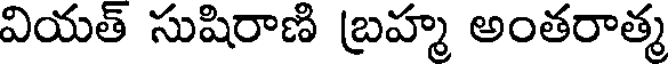
వియత్ సుషిరాణి బ్రహ్మ అంతరాత్మ